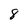
Character: 8